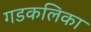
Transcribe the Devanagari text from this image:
गडकलिका